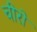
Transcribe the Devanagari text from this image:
चीरो